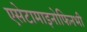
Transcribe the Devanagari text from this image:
एसेटामाइनोफिनभी